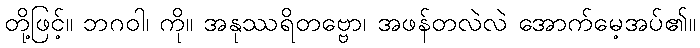
တို့ဖြင့်။ ဘဂဝါ၊ ကို။ အနုဿရိတဗ္ဗော၊ အဖန်တလဲလဲ အောက်မေ့အပ်၏။